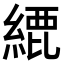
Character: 𦂬